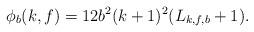
LaTeX: \begin{align*}\phi_b(k,f)=12b^2(k+1)^2(L_{k,f,b}+1).\end{align*}